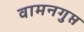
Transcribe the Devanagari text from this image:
वामनगुप्त